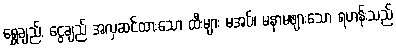
ရွှေချည်, ငွေချည် အလှဆင်ထားသော ထီးများ မအပ်၊ မနာမဖျားသော ရဟန်းသည်